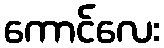
ကောင်လေး